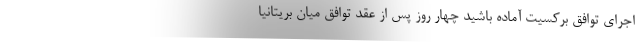
اجرای توافق برکسیت آماده باشید چهار روز پس از عقد توافق میان بریتانیا